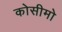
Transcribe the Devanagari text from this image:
कोसीमो